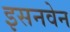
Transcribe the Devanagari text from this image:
इसनवेन